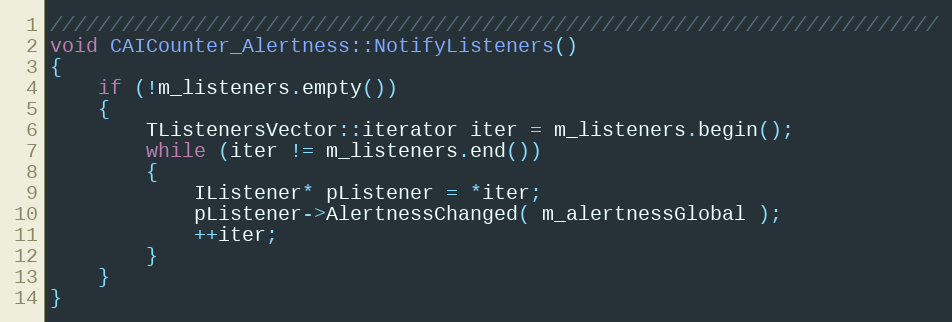
Language: C++
//////////////////////////////////////////////////////////////////////////
void CAICounter_Alertness::NotifyListeners()
{
	if (!m_listeners.empty())
	{
		TListenersVector::iterator iter = m_listeners.begin();
		while (iter != m_listeners.end())
		{
			IListener* pListener = *iter;
			pListener->AlertnessChanged( m_alertnessGlobal );
			++iter;
		}
	}
}